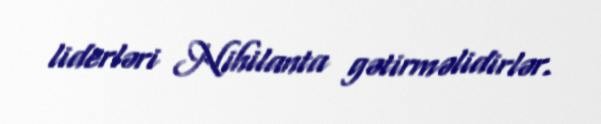
liderləri Nihilanta gətirməlidirlər.